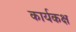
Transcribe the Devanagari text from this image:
कार्यकक्ष